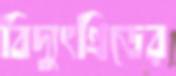
বিদ্যুৎগ্রিডের